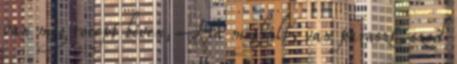
van még recept bőven, Ha meghalt, van paraszt, szed